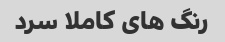
رنگ های کاملا سرد